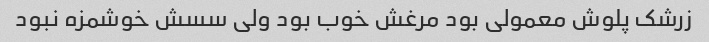
زرشک پلوش معمولی بود مرغش خوب بود ولی سسش خوشمزه نبود